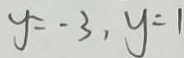
y = - 3 , y = 1